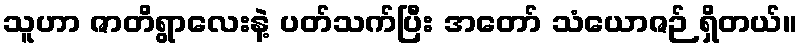
သူဟာ ဇာတိရွာလေးနဲ့ ပတ်သက်ပြီး အတော် သံယောဇဉ် ရှိတယ်။